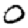
Digit: 0